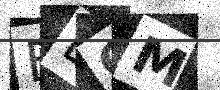
Text: BBCM